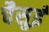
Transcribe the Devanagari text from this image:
चैसुई